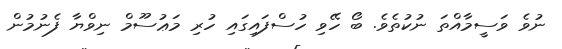
ނުވެ ވަސީމާއްތަ ނުކުތެވެ. ބޯ ހޭވި ހުސްފައިގައި ހުރި މަޢުސޫމް ނިވްޔާ ފެނުމުން